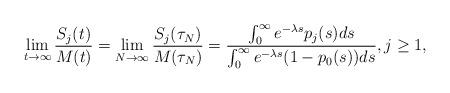
LaTeX: \begin{align*} & \lim_{t \to \infty} \frac{S_j(t)}{M(t)} = \lim_{N \to \infty} \frac{S_j(\tau_N)}{M(\tau_N)}= \frac{\int_0^\infty e^{-\lambda s} p_j(s) ds}{\int_0^\infty e^{-\lambda s} (1-p_0(s)) ds}, j \geq 1, \end{align*}